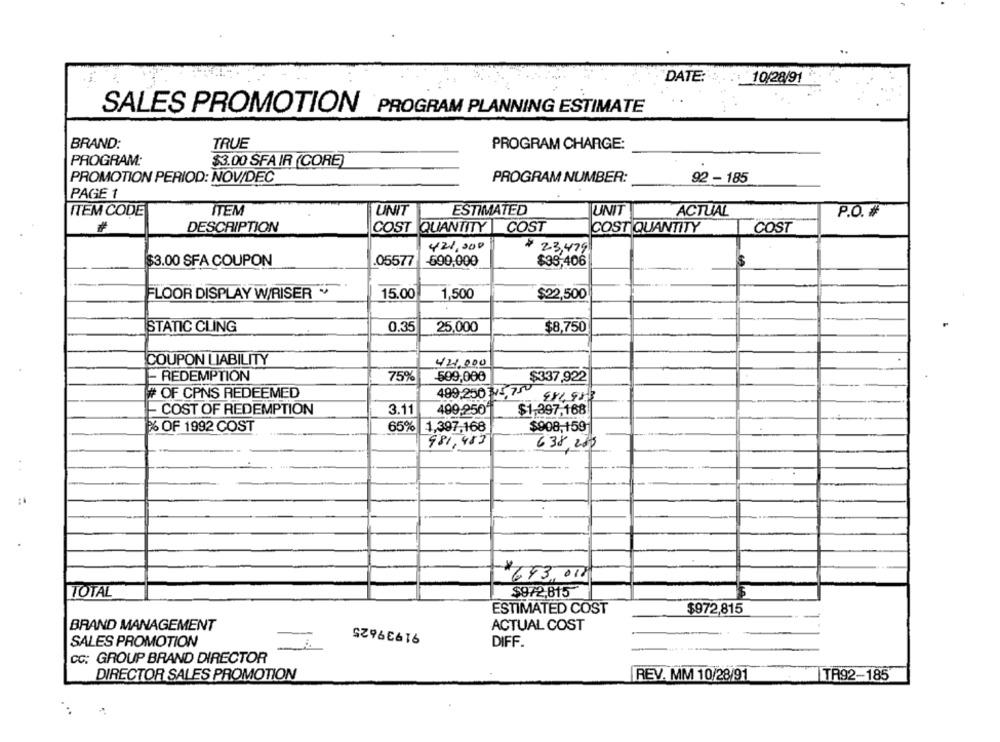
DATE:
10/28/91
SALES PROMOTION PROGRAM PLANNING ESTIMATE
BRAND:
TRUE
PROGRAM CHARGE:
PROGRAM:
$3.00 SFA IR (CORE)
PROMOTION PERIOD: NOV/DEC
PROGRAM NUMBER:
92 -185
PAGE 1
ITEM CODE
ITEM
UNIT
ESTIMATED
UNIT
ACTUAL
P.O. #
#
DESCRIPTION
COST QUANTITY COST
COST QUANTITY
COST
421.000
$23,479
$3.00 SFA COUPON
05577
-690,000
$38,406
FLOOR DISPLAY W/RISER
15.00
1,500
$22,500
ISTATIC CLING
0.35
25,000
$8,750
COUPON LIABILITY
42.000
- REDEMPTION
75%
509,000
$337,922
499,250 315, 750
# OF CPNS REDEEMED
M
- COST OF REDEMPTION
3.11
499,250
$1.397,168
% OF 1992 COST
65%
1,397,168
$908,159
981,483
638,200
693,000
TOTAL
$972,815
ESTIMATED COST
$972,815
91939625
BRAND MANAGEMENT
ACTUAL COST
SALES PROMOTION
DIFF.
:
cc: GROUP BRAND DIRECTOR
DIRECTOR SALES PROMOTION
REV. MM 10/28/91
TA92-185